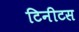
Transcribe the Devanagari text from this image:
टिनीटस